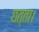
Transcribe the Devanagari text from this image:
छत्ता।